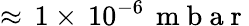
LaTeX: \approx\, 1\times\, 10^{-6}\, \mathrm{~m~b~a~r~}